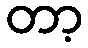
တာ့